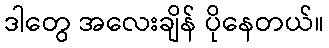
ဒါတွေ အလေးချိန် ပိုနေတယ်။